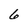
Character: 6